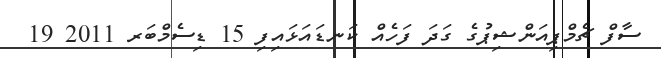
ސާފް ޗެމްޕިއަންޝިޕުގެ ގަދަ ފަހެއް ކަނޑައަޅައިފި 15 ޑިސެމްބަރ 2011 19